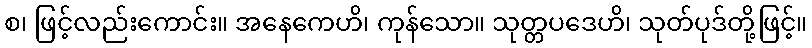
စ၊ ဖြင့်လည်းကောင်း။ အနေကေဟိ၊ ကုန်သော။ သုတ္တပဒေဟိ၊ သုတ်ပုဒ်တို့ဖြင့်။